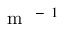
\mathrm { ~ m ~ } ^ { \mathrm { ~ - ~ } 1 }